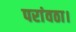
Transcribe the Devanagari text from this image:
परांवठा।